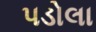
પડોલા